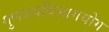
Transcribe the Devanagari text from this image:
गुणत्रयविभागयोग